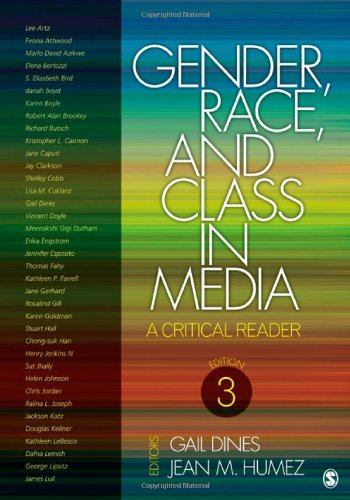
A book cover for Gender, Race, and Class in Media: A Critical Reader; Politics & Social Sciences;